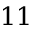
1 1